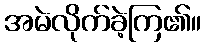
အမဲလိုက်ခဲ့ကြ၏။